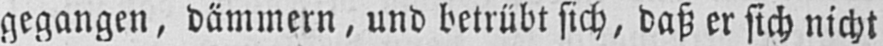
gegangen, dämmern, und betrübt sich, daß er sich nicht